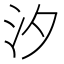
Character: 汐